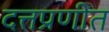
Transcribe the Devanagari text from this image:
दत्तप्रणीत